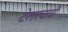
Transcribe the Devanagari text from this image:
टेलरवादी